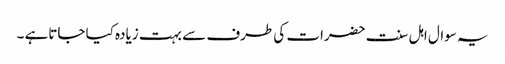
یہ سوال اہل سنت حضرات کی طرف سے بہت زیادہ کیا جاتاہے ۔